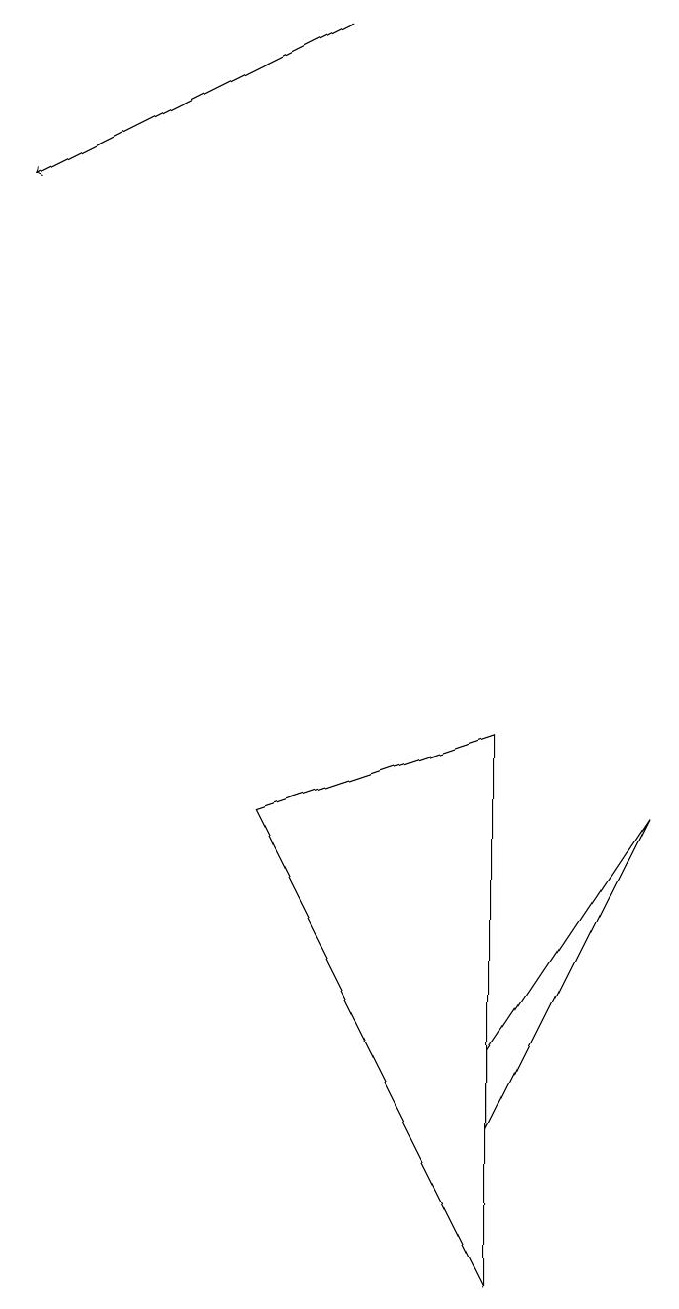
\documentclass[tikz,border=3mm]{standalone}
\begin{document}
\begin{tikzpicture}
\draw (6,3) -- (8,6) -- (6,2) -- cycle;
\draw (3,6) -- (6,0) -- (6,7) -- cycle;
\draw[->] (4,16) -- (0,14);
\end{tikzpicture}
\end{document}